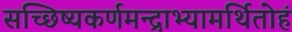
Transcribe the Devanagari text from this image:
सच्छिष्यकर्णमन्द्राभ्यामर्थितोहं